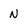
Character: N